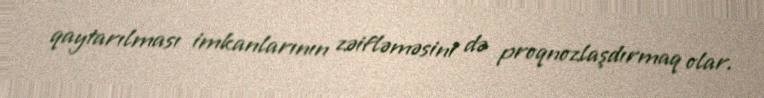
qaytarılması imkanlarının zəifləməsini də proqnozlaşdırmaq olar.